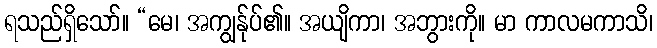
ရသည်ရှိသော်။ “မေ၊ အကျွန်ုပ်၏။ အယျိကာ၊ အဘွားကို။ မာ ကာလမကာသိ၊